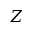
Z